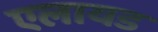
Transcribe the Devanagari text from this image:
एलायड